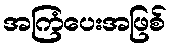
အကြံပေးအဖြစ်